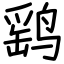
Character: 鹞